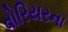
વોરિયરના